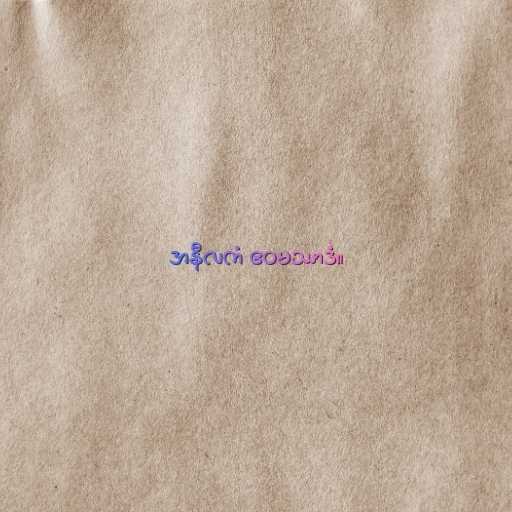
အနီလကံ ဧဝမဿာဒံ။